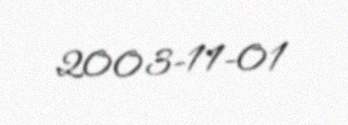
2003-11-01